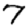
Digit: 7